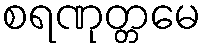
စရဏုတ္တမေ